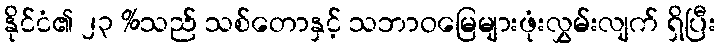
နိုင်ငံ၏ ၂၃ %သည် သစ်တောနှင့် သဘာဝမြေများဖုံးလွှမ်းလျက် ရှိပြီး